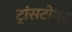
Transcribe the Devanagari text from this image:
ट्रांसटोमर